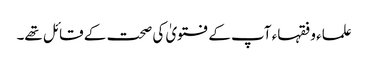
علماء و فقہاء آپ کے فتویٰ کی صحت کے قائل تھے۔